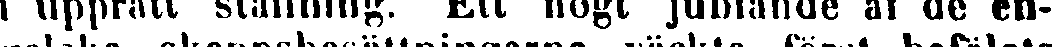
i upprätt ställning. Ett högt jublande af de en-